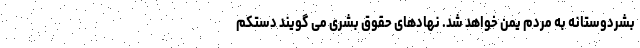
بشردوستانه به مردم یمن خواهد شد. نهادهای حقوق بشری می گویند دستکم